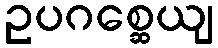
ဥပဂစ္ဆေယျ